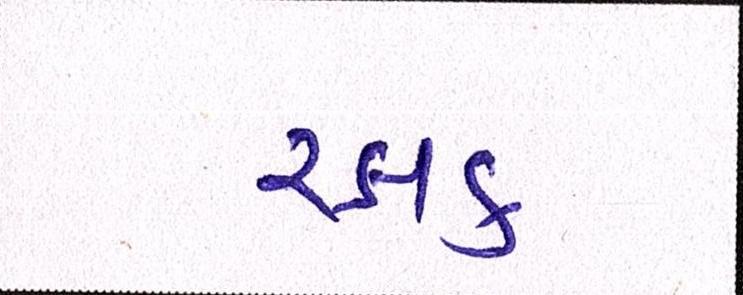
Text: રક્ષક